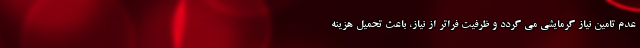
عدم تامین نیاز گرمایشی می گردد و ظرفیت فراتر از نیاز، باعث تحمیل هزینه